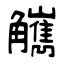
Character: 觽